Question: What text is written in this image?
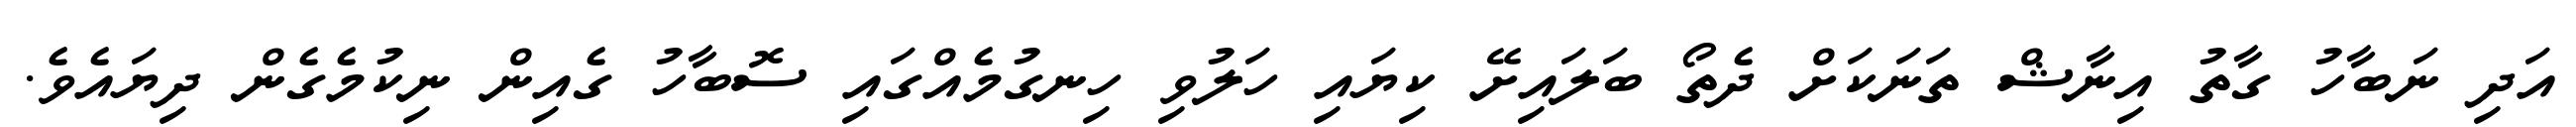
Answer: އަދި ނަބާހު ގާތު އިނާޝް ތަނަކަށް ދެތޯ ބަލައިށޭ ކިޔައި ހަލުވި ހިނގުމެއްގައި ސޮބާހު ގެއިން ނިކުމެގެން ދިޔައެވެ.